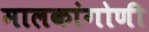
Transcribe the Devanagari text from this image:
मालकांगोणी